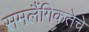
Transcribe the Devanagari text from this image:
समलैंगिकतेचे